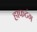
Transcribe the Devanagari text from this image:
हाफटंग